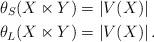
LaTeX: \begin{align*} \theta_S(X \ltimes Y) &= |V(X)| \\ \theta_L(X \ltimes Y) &= |V(X)|\,. \end{align*}